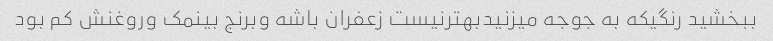
ببخشید رنگیکه به جوجه میزنیدبهترنیست زعفران باشه وبرنج بینمک وروغنش کم بود